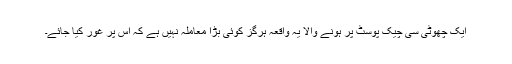
ایک چھوٹی سی چیک پوسٹ پر ہونے والا یہ واقعہ ہرگز کوئی بڑا معاملہ نہیں ہے کہ اس پر غور کیا جائے۔